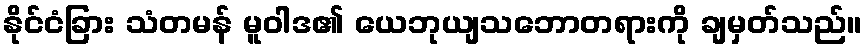
နိုင်ငံခြား သံတမန် မူဝါဒ၏ ယေဘုယျသဘောတရားကို ချမှတ်သည်။